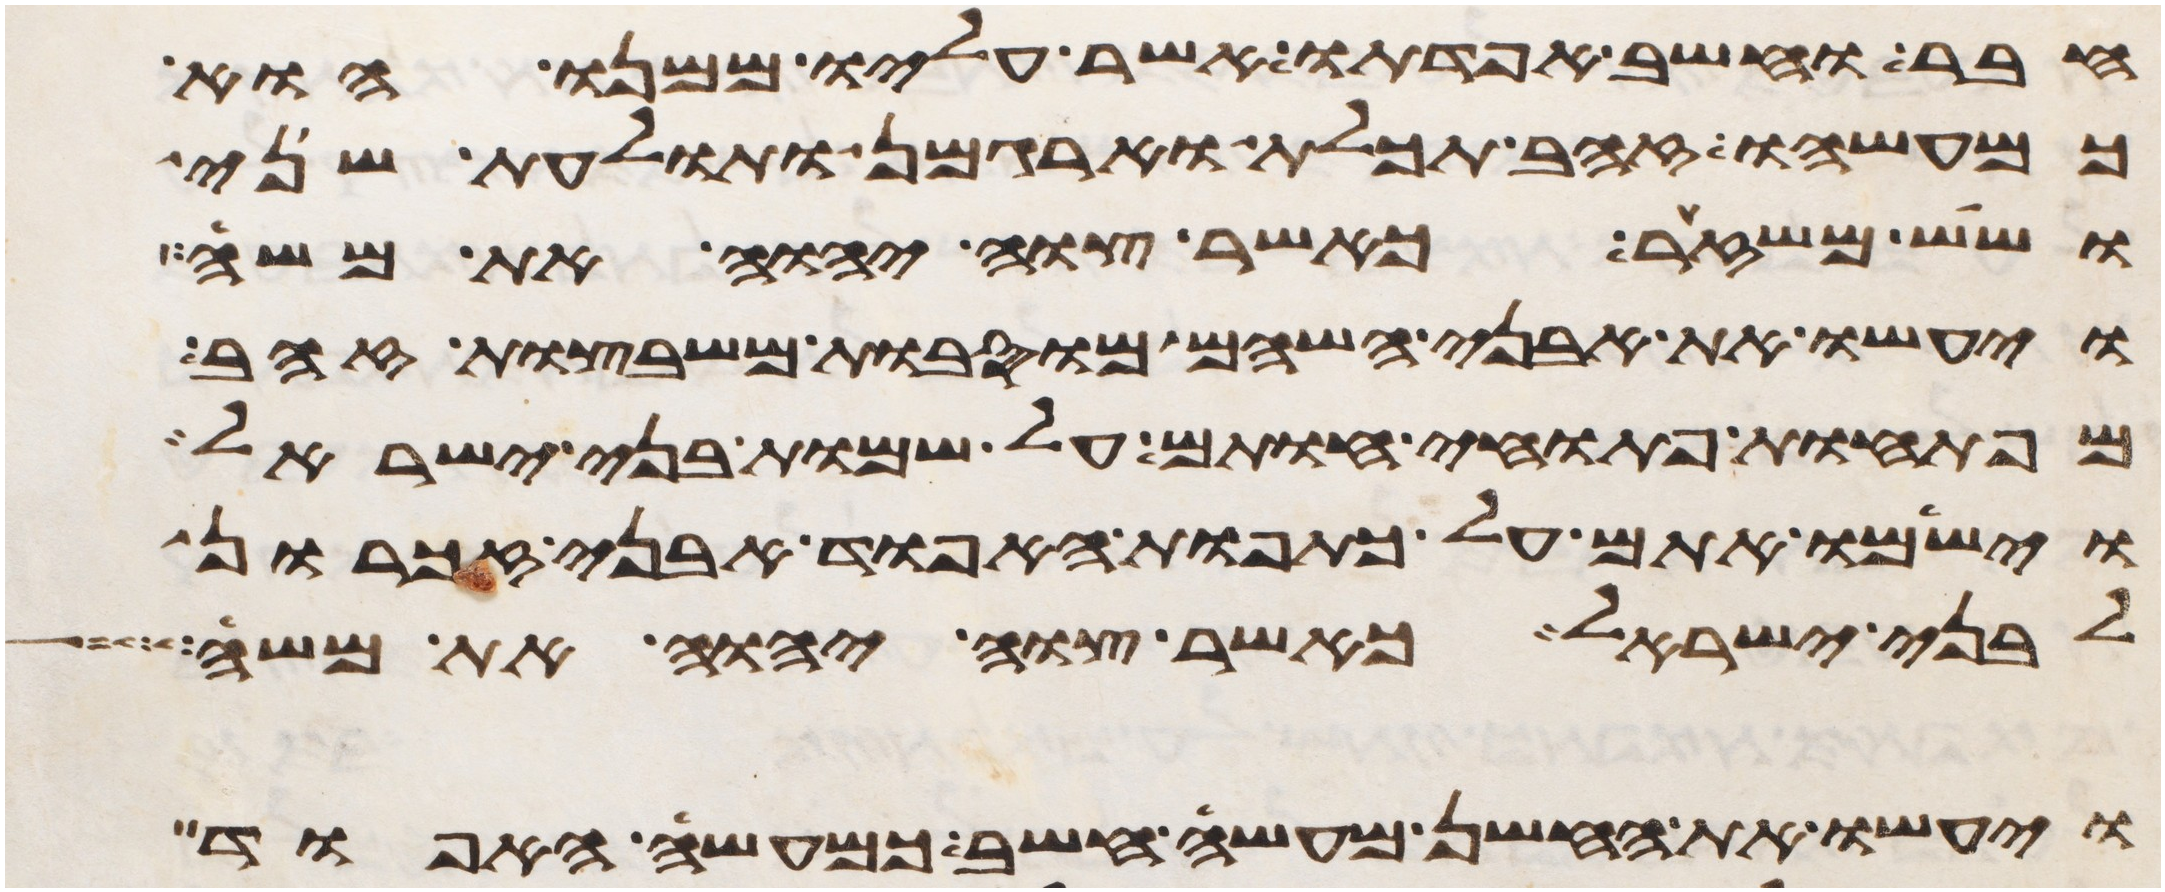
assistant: חבר וחשב אפדתו אשר עליו ממנו הוא
כמעשהו זהב תכלת וארגמן ותולעת שני
ושש משזר כאשר צוה יהוה את משה
ויעשו את אבני השהם מוסבות משבצות זהב
מפתחות פתוחי חותם על שמות בני ישראל
וישמו אתם על כתפות האפוד אבני זכרון
לבני ישראל כאשר צוה יהוה את משה
ויעשו את החשן מעשה חשב כמעשה האפוד